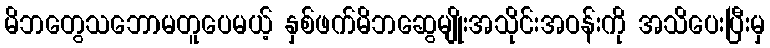
မိဘတွေသဘောမတူပေမယ့် နှစ်ဖက်မိဘဆွေမျိုးအသိုင်းအဝန်းကို အသိပေးပြီးမှ